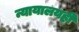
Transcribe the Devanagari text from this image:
न्यायालयही